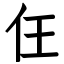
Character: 仼